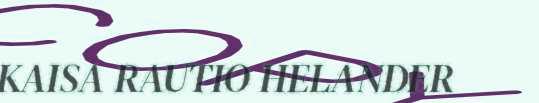
KAISA RAUTIO HELANDER